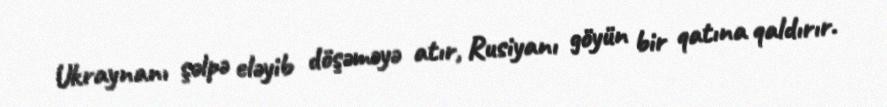
Ukraynanı şəlpə eləyib döşəməyə atır, Rusiyanı göyün bir qatına qaldırır.